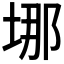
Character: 𡌈